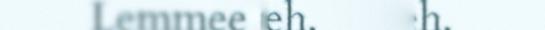
Lemmee tuoddâreh.